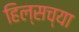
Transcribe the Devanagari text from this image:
हिल्सच्या